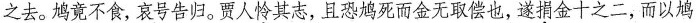
之去。鸠竟不食，哀号告归。贾人怜其志，且恐鸠死而金无取偿也，遂捐金十之二，而以鸠